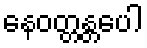
နေဝတ္တန္တပေါ